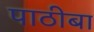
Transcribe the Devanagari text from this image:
पाठीबा